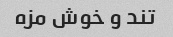
تند و خوش مزه